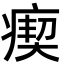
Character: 瘈